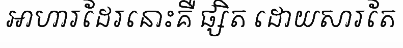
អាហារដែរនោះគឺ ផ្សិត ដោយសារតែ